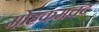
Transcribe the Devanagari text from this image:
मोहकमचंद